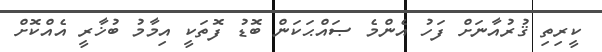
ކީރިތި ޤުރުއާނަށް ފަހު އެންމެ ޞައްޙަކަން ބޮޑު ފޮތަކީ އިމާމު ބުޚާރީ އެއްކޮށް